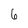
Character: 6